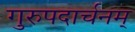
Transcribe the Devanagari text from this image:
गुरुपदार्चनम्